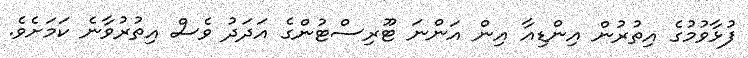
ފުޅާވުމުގެ އިތުރުން އިންޑިއާ އިން އަންނަ ޓޫރިސްޓުންގެ އަދަދު ވެސް އިތުރުވާނެ ކަމަށެވެ.